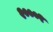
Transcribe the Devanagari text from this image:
२०००१